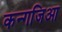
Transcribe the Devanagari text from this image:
कन्गजिआ